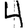
Digit: 4